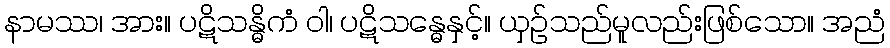
နာမဿ၊ အား။ ပဋိသန္ဓိကံ ဝါ၊ ပဋိသန္ဓေနှင့်။ ယှဉ်သည်မူလည်းဖြစ်သော။ အညံ